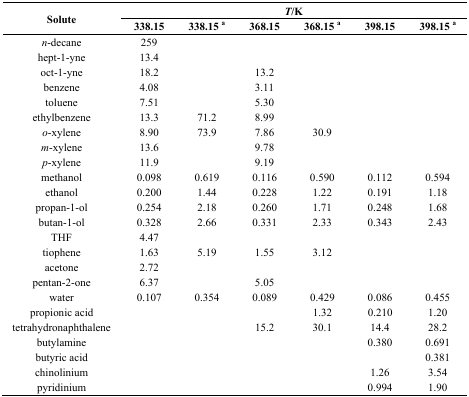
| <ROWSPAN=3> Solute | <COLSPAN=6> T/K |
 | 338.15 | 338.15 a | 368.15 | 368.15 a | 398.15 | 398.15 a |
 | --- | --- | --- | --- | --- | --- | --- |
 | n-decane | 259 |  |  |  |  |  |
 | hept-1-yne | 13.4 |  |  |  |  |  |
 | oct-1-yne | 18.2 |  | 13.2 |  |  |  |
 | benzene | 4.08 |  | 3.11 |  |  |  |
 | toluene | 7.51 |  | 5.30 |  |  |  |
 | ethylbenzene | 13.3 | 71.2 | 8.99 |  |  |  |
 | o-xylene | 8.90 | 73.9 | 7.86 | 30.9 |  |  |
 | m-xylene | 13.6 |  | 9.78 |  |  |  |
 | p-xylene | 11.9 |  | 9.19 |  |  |  |
 | methanol | 0.098 | 0.619 | 0.116 | 0.590 | 0.112 | 0.594 |
 | ethanol | 0.200 | 1.44 | 0.228 | 1.22 | 0.191 | 1.18 |
 | propan-1-ol | 0.254 | 2.18 | 0.260 | 1.71 | 0.248 | 1.68 |
 | butan-1-ol | 0.328 | 2.66 | 0.331 | 2.33 | 0.343 | 2.43 |
 | THF | 4.47 |  |  |  |  |  |
 | tiophene | 1.63 | 5.19 | 1.55 | 3.12 |  |  |
 | acetone | 2.72 |  |  |  |  |  |
 | pentan-2-one | 6.37 |  | 5.05 |  |  |  |
 | water | 0.107 | 0.354 | 0.089 | 0.429 | 0.086 | 0.455 |
 | propionic acid |  |  |  | 1.32 | 0.210 | 1.20 |
 | tetrahydronaphthalene |  |  | 15.2 | 30.1 | 14.4 | 28.2 |
 | butylamine |  |  |  |  | 0.380 | 0.691 |
 | butyric acid |  |  |  |  |  | 0.381 |
 | chinolinium |  |  |  |  | 1.26 | 3.54 |
 | pyridinium |  |  |  |  | 0.994 | 1.90 |